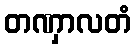
တဏှာလတံ